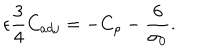
\epsilon \frac { 3 } { 4 } C _ { a d j } = - C _ { \rho } - \frac { 6 } { \sigma _ { 0 } } .